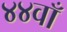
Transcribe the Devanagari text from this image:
४४वाँ